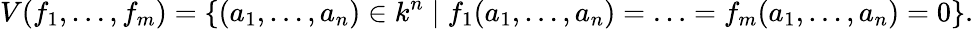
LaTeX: V(f_{1},\ldots,f_{m})=\left\{ (a_{1},\ldots,a_{n})\in k^{n}\; |\; f_{1}(a_{1},\ldots,a_{n})=\ldots=f_{m}(a_{1},\ldots,a_{n})=0\right\} .